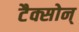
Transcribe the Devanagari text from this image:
टैक्सोन्